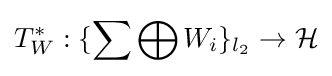
T_{W}^{\ast }:\{\sum \bigoplus W_{i}\}_{l_{2}}\rightarrow {\mathcal {H}}